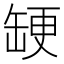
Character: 𮉳